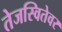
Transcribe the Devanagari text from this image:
तेजस्वितेवर